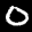
Label: 0